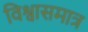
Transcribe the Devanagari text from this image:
विश्वासमात्र